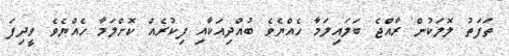
ތަފަތު ލޮލަކުން ރާއްޖެ ބަލައިލަމާ ހެއްޔެވެ ބުއްދިއަކާއި ފިކުރެއް ކޮށްލަމާ ހެއްޔެވެ ވީދިފަ